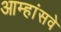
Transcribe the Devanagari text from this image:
आम्हांसवे